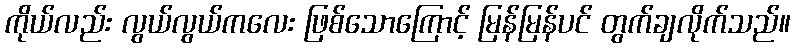
ကိုယ်လည်း လွယ်လွယ်ကလေး ဖြစ်သောကြောင့် မြန်မြန်ပင် တွက်ချလိုက်သည်။